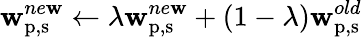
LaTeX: \mathbf{w}_{\mathrm{{p,s}}}^{ne\mathbf{w}}\leftarrow\lambda\mathbf{w}_{\mathrm{{p,s}}}^{ne\mathbf{w}}+(1-\lambda)\mathbf{w}_{\mathrm{{p,s}}}^{old}